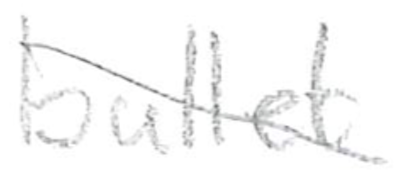
Text: bullet
Cross-out: diagonal
Writing tool: pencil